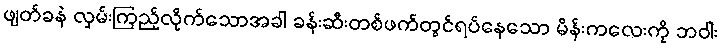
ဖျတ်ခနဲ လှမ်းကြည့်လိုက်သောအခါ ခန်းဆီးတစ်ဖက်တွင်ရပ်နေသော မိန်းကလေးကို ဘဝါး